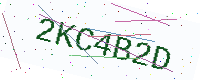
Text: 2KC4B2D